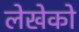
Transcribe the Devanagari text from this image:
लेखेको